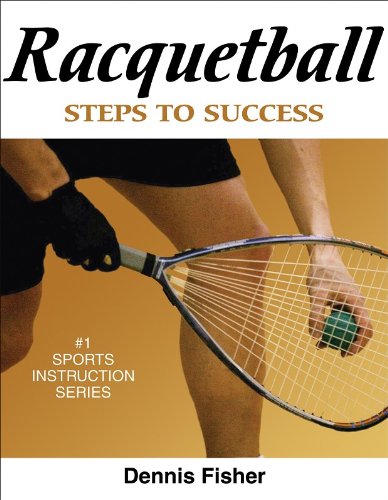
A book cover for Racquetball: Steps to Success (Steps to Success Sports Series); Dennis Fisher; Sports & Outdoors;